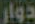
دوار